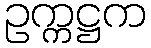
ဥက္ကဋ္ဌက